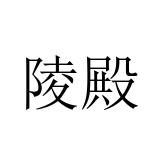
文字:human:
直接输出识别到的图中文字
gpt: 陵殿